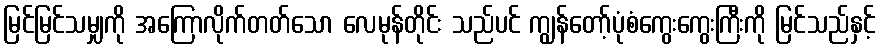
မြင်မြင်သမျှကို အကြောလိုက်တတ်သော လေမုန်တိုင်း သည်ပင် ကျွန်တော့်ပုံစံကွေးကွေးကြီးကို မြင်သည်နှင့်